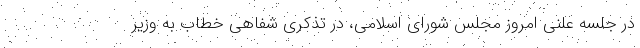
در جلسه علنی امروز مجلس شورای اسلامی، در تذکری شفاهی خطاب به وزیر